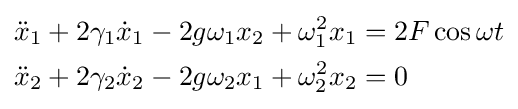
{\begin{aligned}{\ddot {x}}_{1}+2\gamma _{1}{\dot {x}}_{1}-2g\omega _{1}x_{2}+\omega _{1}^{2}x_{1}&=2F\cos \omega t\\{\ddot {x}}_{2}+2\gamma _{2}{\dot {x}}_{2}-2g\omega _{2}x_{1}+\omega _{2}^{2}x_{2}&=0\end{aligned}}